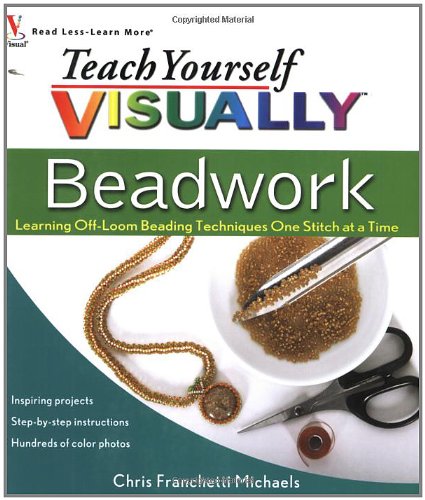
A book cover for Teach Yourself VISUALLY Beadwork: Learning Off-Loom Beading Techniques One Stitch at a Time; Chris Franchetti Michaels; Crafts, Hobbies & Home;